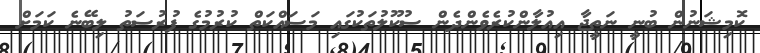
ކޮމިޝަނުން ބުނީ ނަތީޖާ އިއުލާންކުރެވެންދެން ސުކޫލުތަކުގައި މަސައްކަތް ކުރުމުގެ ފުރުސަތު ލިބޭނެ ކަމަށް